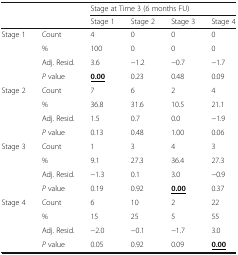
| <ROWSPAN=2-COLSPAN=2>  | <COLSPAN=4> Stage at Time 3 (6 months FU) |
 | Stage 1 | Stage 2 | Stage 3 | Stage 4 |
 | --- | --- | --- | --- | --- | --- |
 | <ROWSPAN=4> Stage 1 | Count | 4 | 0 | 0 | 0 |
 | % | 100 | 0 | 0 | 0 |
 | Adj. Resid. | 3.6 | −1.2 | −0.7 | −1.7 |
 | P value | <underline>0.00</underline> | 0.23 | 0.48 | 0.09 |
 | <ROWSPAN=4> Stage 2 | Count | 7 | 6 | 2 | 4 |
 | % | 36.8 | 31.6 | 10.5 | 21.1 |
 | Adj. Resid. | 1.5 | 0.7 | 0.0 | −1.9 |
 | P value | 0.13 | 0.48 | 1.00 | 0.06 |
 | <ROWSPAN=4> Stage 3 | Count | 1 | 3 | 4 | 3 |
 | % | 9.1 | 27.3 | 36.4 | 27.3 |
 | Adj. Resid. | −1.3 | 0.1 | 3.0 | −0.9 |
 | P value | 0.19 | 0.92 | <underline>0.00</underline> | 0.37 |
 | <ROWSPAN=4> Stage 4 | Count | 6 | 10 | 2 | 22 |
 | % | 15 | 25 | 5 | 55 |
 | Adj. Resid. | −2.0 | −0.1 | −1.7 | 3.0 |
 | P value | 0.05 | 0.92 | 0.09 | <underline>0.00</underline> |